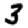
Digit: 3